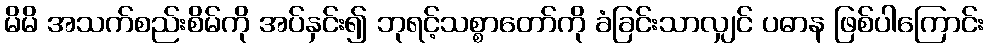
မိမိ အသက်စည်းစိမ်ကို အပ်နှင်း၍ ဘုရင့်သစ္စာတော်ကို ခံခြင်းသာလျှင် ပဓာန ဖြစ်ပါကြောင်း